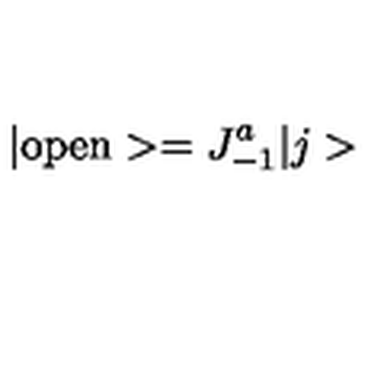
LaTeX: \vert \mathrm { o p e n } > = J _ { - 1 } ^ { a } \vert j >